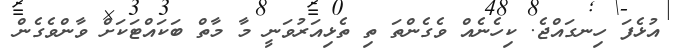
އުޅެފަ ހިނގައްޖެ. ކިހެނެއް ވެގެންތަ ތި ތެޅިއަރުވަނީ މާ މާތް ބަކައްޓަކަށް ވާންވެގެން